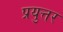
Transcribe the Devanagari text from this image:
प्रयुत्तर